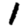
Digit: 1